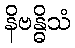
နိဗန္ဓိသံ